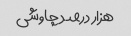
هزار درصد چاوشی